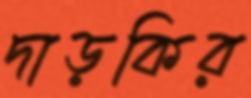
দাড়কির